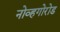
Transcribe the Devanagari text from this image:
नोव्हगोरोड